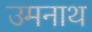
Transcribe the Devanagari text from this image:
उमनाथ